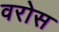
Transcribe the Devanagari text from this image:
वरोस